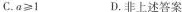
C.$$a\geq1$$ D.非上述答案